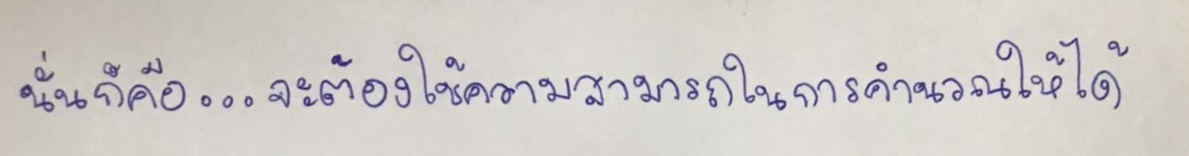
นั่นก็คือ...จะต้องใช้ความสามารถในการคำนวณให้ได้